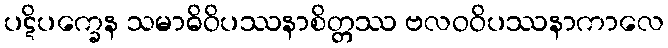
ပဋိပက္ခေန သမာဓိဝိပဿနာစိတ္တဿ ဗလဝဝိပဿနာကာလေ